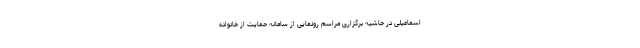
اسماعیلی در حاشیه برگزاری مراسم رونمایی از سامانه حمایت از خانواده